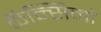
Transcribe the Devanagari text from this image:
कॅन्सिनो